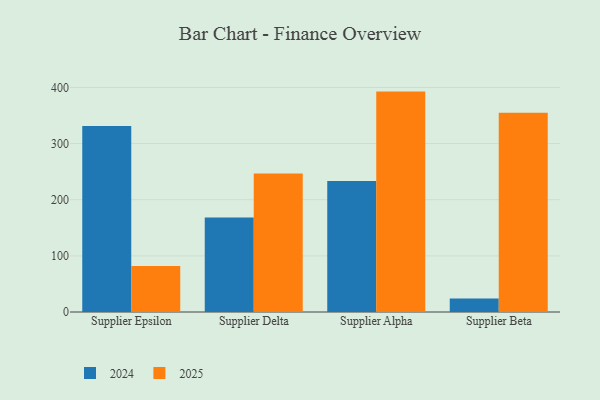
{"axis": {"x": "Supplier", "y": "Customer Acquisition Cost (USD)"}, "legend": ["2024", "2025"], "data": [{"x": "Supplier Epsilon", "y": 331.3, "type": "2024"}, {"x": "Supplier Epsilon", "y": 81.8, "type": "2025"}, {"x": "Supplier Delta", "y": 168.3, "type": "2024"}, {"x": "Supplier Delta", "y": 246.7, "type": "2025"}, {"x": "Supplier Alpha", "y": 233.3, "type": "2024"}, {"x": "Supplier Alpha", "y": 392.6, "type": "2025"}, {"x": "Supplier Beta", "y": 24.2, "type": "2024"}, {"x": "Supplier Beta", "y": 354.9, "type": "2025"}]}